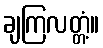
ချကြလတ္တံ့။